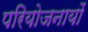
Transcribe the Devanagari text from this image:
परियोजनायों